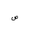
Letter: _sad